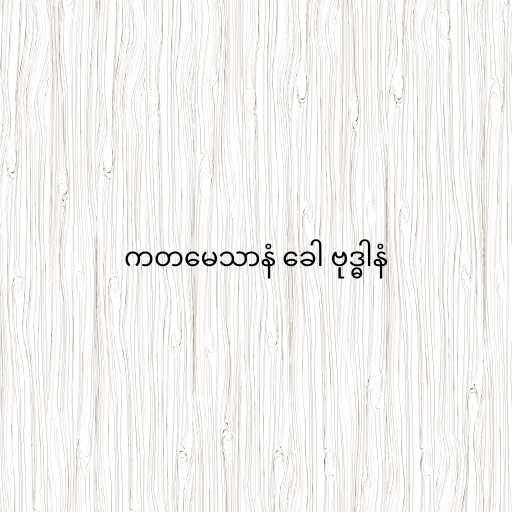
ကတမေသာနံ ခေါ ဗုဒ္ဓါနံ